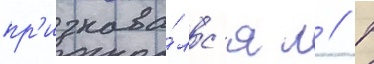
пр'изнава́лс'я л // Р